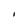
Character: I